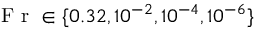
\textnormal { F r } \in \{ 0 . 3 2 , 1 0 ^ { - 2 } , 1 0 ^ { - 4 } , 1 0 ^ { - 6 } \}